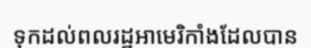
ទុកដល់ពលរដ្ឋអាមេរិកាំងដែលបាន